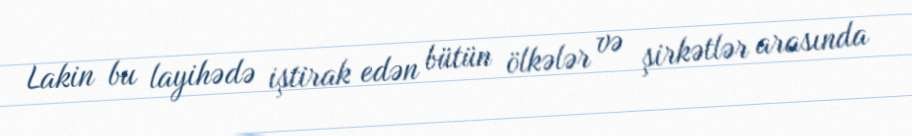
Lakin bu layihədə iştirak edən bütün ölkələr və şirkətlər arasında